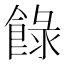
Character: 𩛼